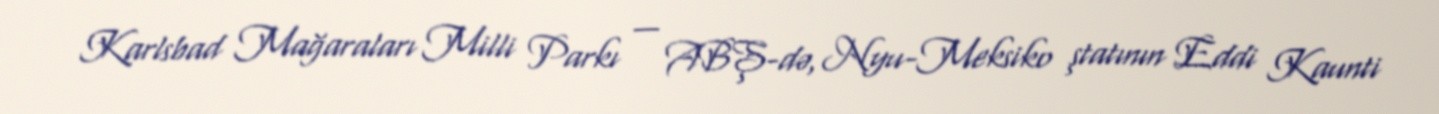
Karlsbad Mağaraları Milli Parkı — ABŞ-də, Nyu-Meksiko ştatının Eddi Kaunti